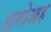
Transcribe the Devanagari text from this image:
अमोआह